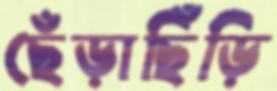
ছেঁড়াছিঁড়ি